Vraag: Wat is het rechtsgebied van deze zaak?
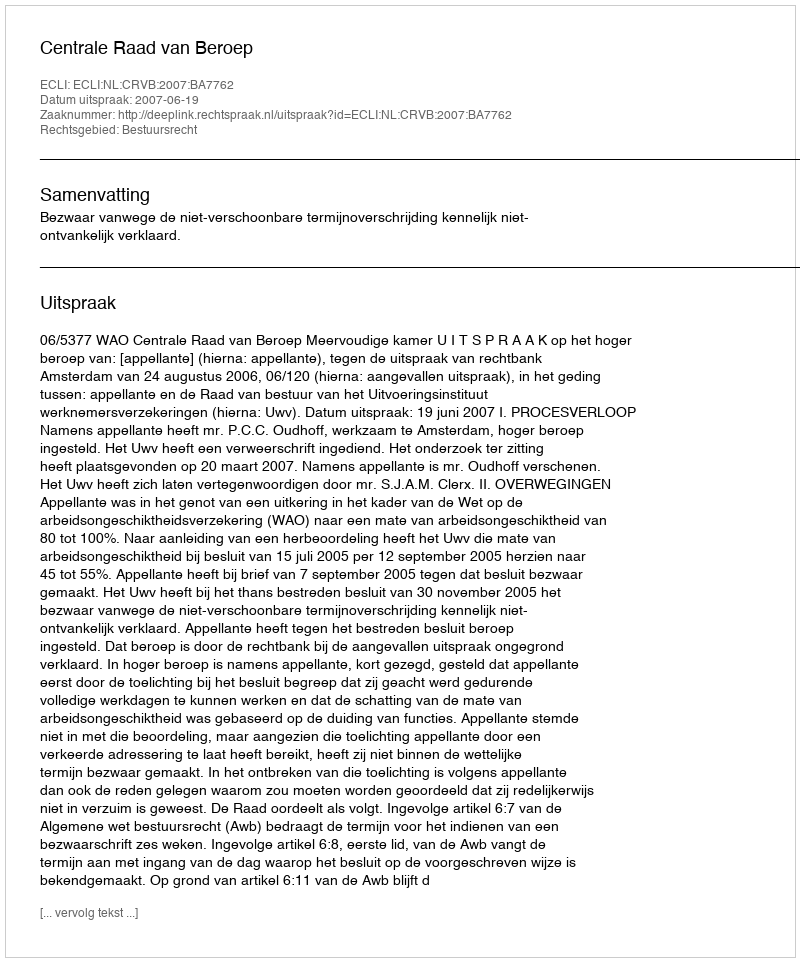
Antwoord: Bestuursrecht